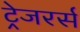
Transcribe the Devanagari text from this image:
ट्रेजरर्स